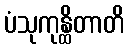
ပံသုကုန္ထိတာတိ